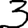
Digit: 3